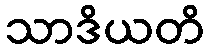
သာဒိယတိ